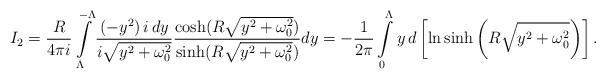
LaTeX: \begin{align*}I_2=\frac{R}{4\pi i}\int\limits_{\Lambda}^{-\Lambda}\frac{(-y^2)\,i\, dy}{i\sqrt{y^2+\omega_0^2}}\frac{\cosh(R\sqrt{y^2+\omega^2_0})}{\sinh(R\sqrt{y^2+\omega^2_0})}dy=-\frac{1}{2\pi}\int\limits_{0}^{\Lambda}y\, d\left[\ln\sinh\left(R\sqrt{y^2+\omega_0^2}\right)\right].\end{align*}